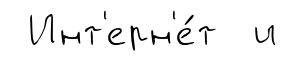
Инт'ерн'е́т и